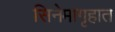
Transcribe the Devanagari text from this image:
सिनेमागृहात